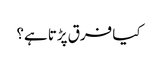
کیا فرق پڑتا ہے؟